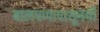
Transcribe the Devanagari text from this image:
बालपणापासूनची